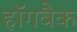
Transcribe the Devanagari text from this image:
हॉगबैक